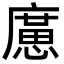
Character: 㢜